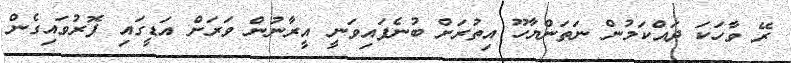
ރޭ ވާހަކަ ދައްކަމުން ނަތަންޔާހޫ އިތުރަށް ބުނެފައިވަނީ އީރާނުން ވަރަށް އަޑީގައި ފޮރުވައިގެން